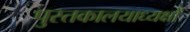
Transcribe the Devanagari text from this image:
पुस्तकालयाध्यक्षों